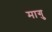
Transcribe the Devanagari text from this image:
मागु